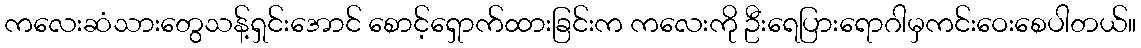
ကလေးဆံသားတွေသန့်ရှင်းအောင် စောင့်ရှောက်ထားခြင်းက ကလေးကို ဦးရေပြားရောဂါမှကင်းဝေးစေပါတယ်။